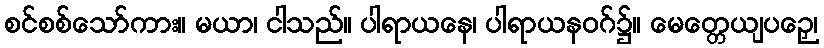
စင်စစ်သော်ကား။ မယာ၊ ငါသည်။ ပါရာယနေ၊ ပါရာယနဝဂ်၌။ မေတ္တေယျပဉှေ၊